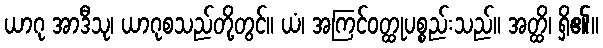
ယာဂု အာဒီသု၊ ယာဂုစသည်တို့တွင်။ ယံ၊ အကြင်ဝတ္ထုပစ္စည်းသည်။ အတ္ထိ၊ ရှိ၏။